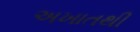
અખાતથી